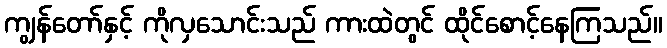
ကျွန်တော်နှင့် ကိုလှသောင်းသည် ကားထဲတွင် ထိုင်စောင့်နေကြသည်။